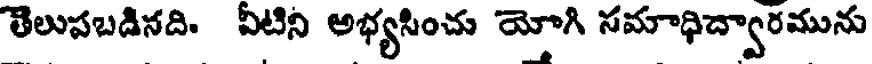
తెలుపబడినది. వీటిని అభ్యసించు యోగి సమాధిద్వారమును